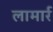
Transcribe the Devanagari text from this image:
लामार्र